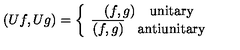
( U f , U g ) = \left\{ \begin{array} { c } { ( f , g ) \mathrm { \quad u n i t a r y } } \\ { \overline { { ( f , g ) } } \quad \mathrm { a n t i u n i t a r y } } \\ \end{array} \right.